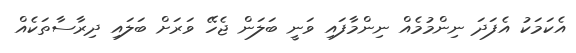
އެކަމަކު އެފަދަ ނިންމުމެއް ނިންމާފައި ވަނީ ބަލަން ޖެހޭ ވަރަށް ބަލައި ދިރާސާތަކެއް